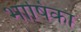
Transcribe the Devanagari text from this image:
भाषिका